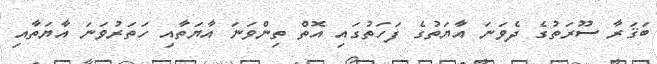
ބަޤަރާ ސޫރަތުގެ ދެވަނަ އާޔަތުގެ ފަހަތުގައި އޮތް ތިންވަނަ އާޔަތާއި ހަތަރުވަނަ އާޔަތާއި